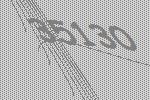
35130